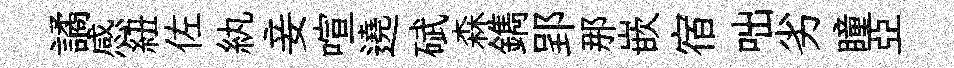
譎感紐佐紈妾喧遶碔森鐫郢那嵌宿咄劣瞳亞